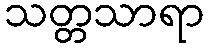
သတ္တသာရာ